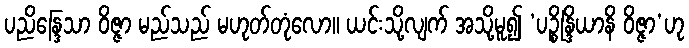
ပညိန္ဒြေသာ ဝိဇ္ဇာ မည်သည် မဟုတ်တုံလော။ ယင်းသို့လျက် အသို့မူ၍ ‘ပဉ္စိန္ဒြိယာနိ ဝိဇ္ဇာ’ဟု